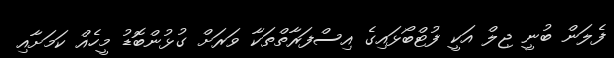
ފެލަން ބުނީ ޖިލް އަކީ ފުޓްބޯޅައިގެ އިސްފަރާތްތަކާ ވަރަށް ގުޅުންބޮޑު މީހެއް ކަމަށާއި